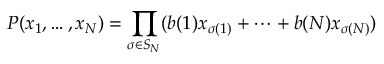
P ( x _ { 1 } , \dots , x _ { N } ) = \prod _ { \sigma \in S _ { N } } ( b ( 1 ) x _ { \sigma ( 1 ) } + \cdots + b ( N ) x _ { \sigma ( N ) } )